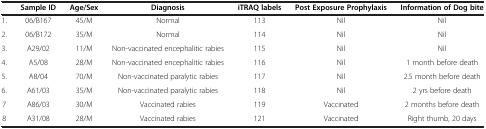
<table><thead><tr><td><b> </b></td><td><b>Sample ID</b></td><td><b>Age/Sex</b></td><td><b>Diagnosis</b></td><td><b>iTRAQ labels</b></td><td><b>Post Exposure Prophylaxis</b></td><td><b>Information of Dog bite</b></td></tr></thead><tbody><tr><td>1.</td><td>06/B167</td><td>45/M</td><td>Normal</td><td>113</td><td>Nil</td><td>Nil</td></tr><tr><td>2.</td><td>06/B172</td><td>35/M</td><td>Normal</td><td>114</td><td>Nil</td><td>Nil</td></tr><tr><td>3.</td><td>A29/02</td><td>11/M</td><td>Non-vaccinated encephalitic rabies</td><td>115</td><td>Nil</td><td>Nil</td></tr><tr><td>4.</td><td>A5/08</td><td>28/M</td><td>Non-vaccinated encephalitic rabies</td><td>116</td><td>Nil</td><td>1 month before death</td></tr><tr><td>5.</td><td>A8/04</td><td>70/M</td><td>Non-vaccinated paralytic rabies</td><td>117</td><td>Nil</td><td>2.5 month before death</td></tr><tr><td>6.</td><td>A61/03</td><td>35/M</td><td>Non-vaccinated paralytic rabies</td><td>118</td><td>Nil</td><td>2 yrs before death</td></tr><tr><td>7</td><td>A86/03</td><td>30/M</td><td>Vaccinated rabies</td><td>119</td><td>Vaccinated</td><td>2 months before death</td></tr><tr><td>8</td><td>A31/08</td><td>28/M</td><td>Vaccinated rabies</td><td>121</td><td>Vaccinated</td><td>Right thumb, 20 days</td></tr></tbody></table>